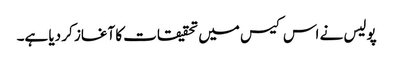
پولیس نے اس کیس میں تحقیقات کا آغاز کر دیا ہے۔